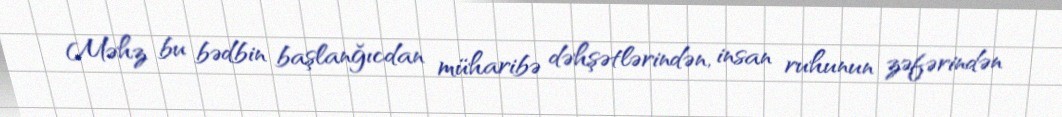
Məhz bu bədbin başlanğıcdan müharibə dəhşətlərindən, insan ruhunun zəfərindən